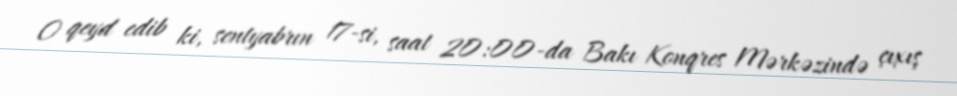
O qeyd edib ki, sentyabrın 17-si, saat 20:00-da Bakı Konqres Mərkəzində çıxış